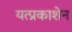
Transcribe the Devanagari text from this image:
यत्प्रकाशेन